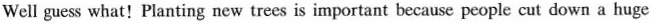
Well guess what!Planting new trees is important because people cut down a huge